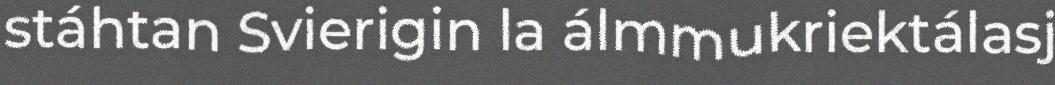
stáhtan Svierigin la álmmukriektálasj